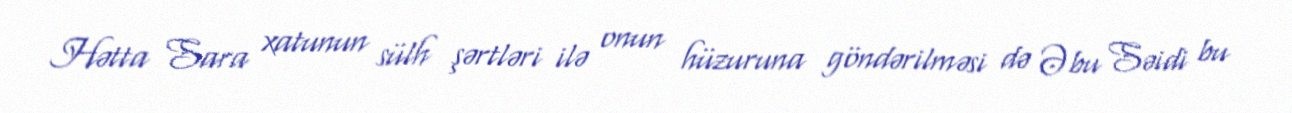
Hətta Sara xatunun sülh şərtləri ilə onun hüzuruna göndərilməsi də Əbu Səidi bu